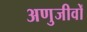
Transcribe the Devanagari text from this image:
अणुजीवों